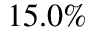
1 5 . 0 \%